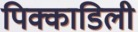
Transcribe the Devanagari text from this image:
पिक्काडिली